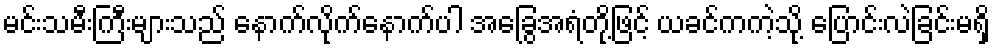
မင်းသမီးကြီးများသည် နောက်လိုက်နောက်ပါ အခြွေအရံတို့ဖြင့် ယခင်ကကဲ့သို့ ပြောင်းလဲခြင်းမရှိ